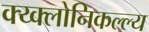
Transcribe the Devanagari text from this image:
क्य्क्लोनिकल्ल्य